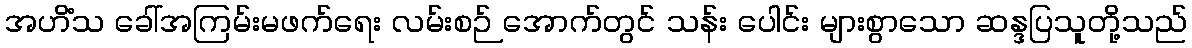
အဟိံသ ခေါ်အကြမ်းမဖက်ရေး လမ်းစဉ် အောက်တွင် သန်း ပေါင်း များစွာသော ဆန္ဒပြသူတို့သည်